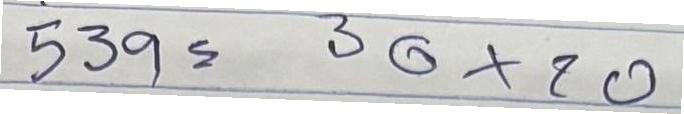
539 = 30x20